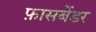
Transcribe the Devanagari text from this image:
फ़ासबेंडर